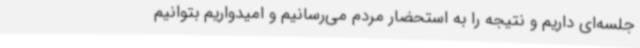
جلسه‌ای داریم و نتیجه را به استحضار مردم می‌رسانیم و امیدواریم بتوانیم